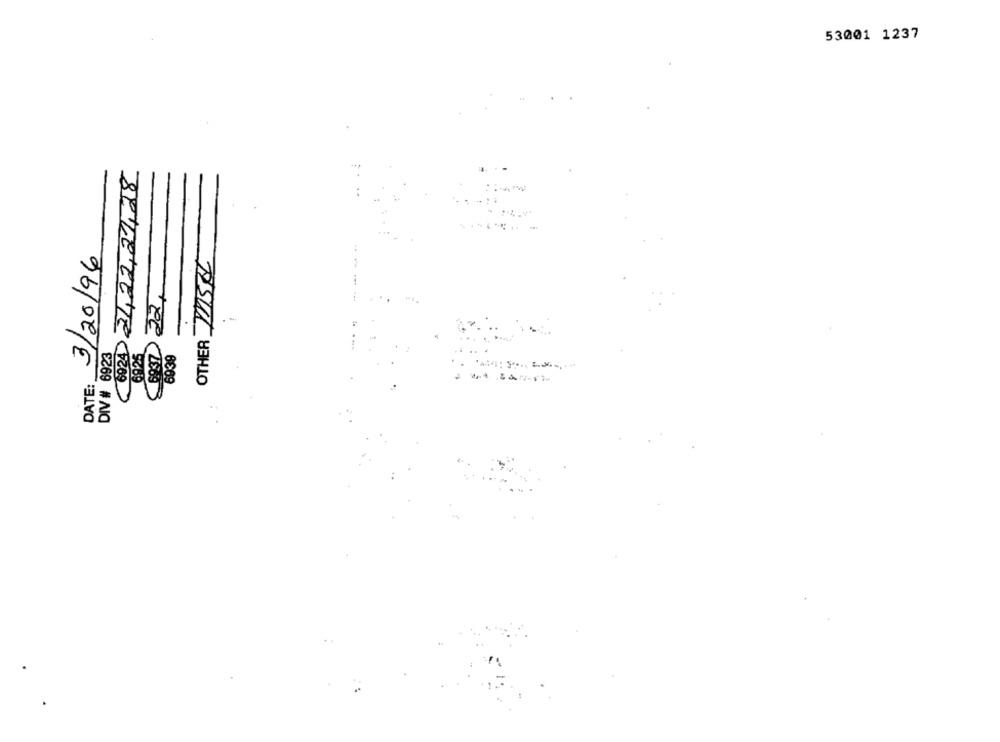
53001 1237
3/20/96
OTHER MSE
DIV # 6923
69.25
DATE:
6€69
-247-12
serve LETE 120